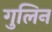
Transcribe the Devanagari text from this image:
गुलिन